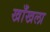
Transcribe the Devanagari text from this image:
खाँखला